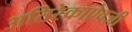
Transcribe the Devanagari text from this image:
अतिरेकाऐवजी